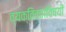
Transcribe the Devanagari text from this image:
व्यक्तित्वाविषयी